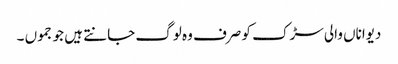
دیواناں والی سڑک کو صرف وہ لوگ جانتے ہیں جو جموں ۔